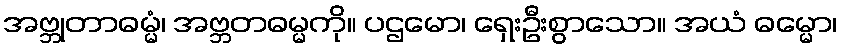
အဗ္ဘုတာဓမ္မံ၊ အဗ္ဘတဓမ္မကို။ ပဌမော၊ ရှေးဦးစွာသော။ အယံ ဓမ္မော၊